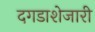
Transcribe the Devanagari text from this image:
दगडाशेजारी